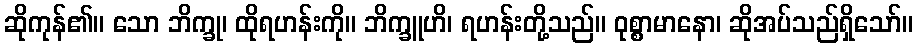
ဆိုကုန်၏။ သော ဘိက္ခု၊ ထိုရဟန်းကို။ ဘိက္ခူဟိ၊ ရဟန်းတို့သည်။ ဝုစ္စာမာနော၊ ဆိုအပ်သည်ရှိသော်။